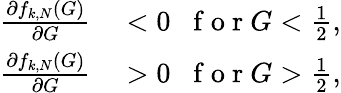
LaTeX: \begin{array}{rl}{\frac{\partial f_{k,N}(G)}{\partial G}}&{{}<0\; \; \mathrm{~f~o~r~}G<\frac{1}{2},}\\ {\frac{\partial f_{k,N}(G)}{\partial G}}&{{}>0\; \; \mathrm{~f~o~r~}G>\frac{1}{2},}\end{array}